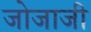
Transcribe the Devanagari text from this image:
जोजाजी